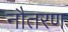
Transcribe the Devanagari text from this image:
नौतरण